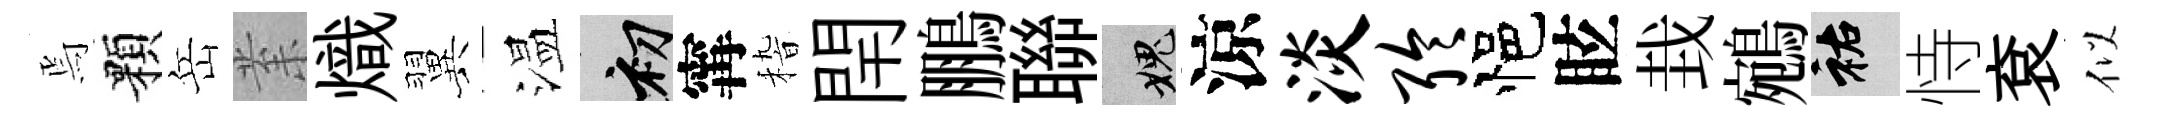
焉顆岳𭪙熾翼温初𡩋𥟵閈鵬聯愧涼淡聆悒眩㘽鵷祐恃袞似